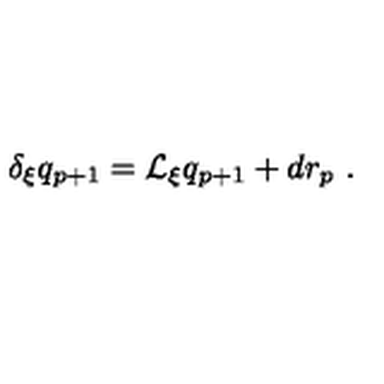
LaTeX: \delta _ { \xi } q _ { p + 1 } = \mathcal { L } _ { \xi } q _ { p + 1 } + d r _ { p } \ .